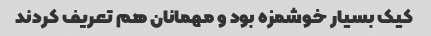
کیک بسیار خوشمزه بود و مهمانان هم تعریف کردند